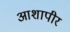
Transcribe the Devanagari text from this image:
आशापीर